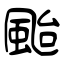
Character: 颱